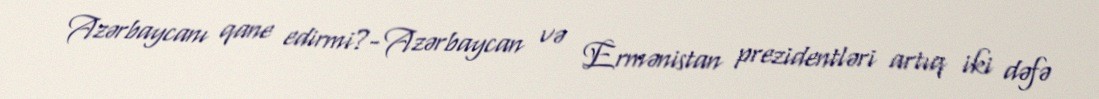
Azərbaycanı qane edirmi?- Azərbaycan və Ermənistan prezidentləri artıq iki dəfə